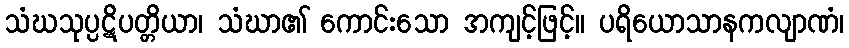
သံဃသုပ္ပဋိပတ္တိယာ၊ သံဃာ၏ ကောင်းသော အကျင့်ဖြင့်။ ပရိယောသာနကလျာဏံ၊